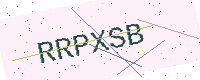
Text: RRPXSB